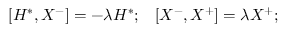
[ H ^ { * } , X ^ { - } ] = - \lambda H ^ { * } ; \; \; \; [ X ^ { - } , X ^ { + } ] = \lambda X ^ { + } ;